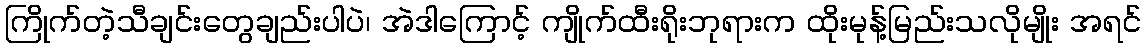
ကြိုက်တဲ့သီချင်းတွေချည်းပါပဲ၊ အဲဒါကြောင့် ကျိုက်ထီးရိုးဘုရားက ထိုးမုန့်မြည်းသလိုမျိုး အရင်